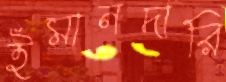
ইমানদারি